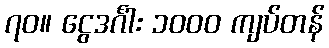
၇၀။ ငွေဒင်္ဂါး ၁၀၀၀ ကျပ်တန်